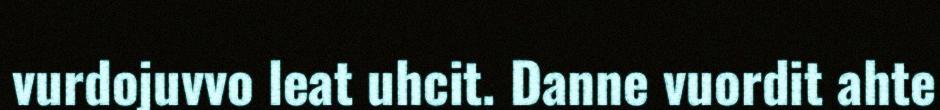
vurdojuvvo leat uhcit. Danne vuordit ahte